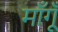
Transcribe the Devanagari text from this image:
माँगूँ